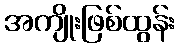
အကျိုးဖြစ်ထွန်း